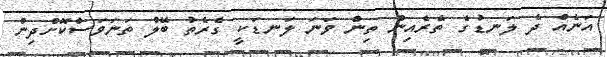
އަނެއް ދެ ލަނޑުގެ ތެރެއިން ތިން ވަނަ ލަނޑަކީ ގެރެތު ބޭލް ތަނަވަސްކޮށްދިން